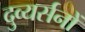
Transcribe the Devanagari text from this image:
दुव्यर्सनों